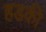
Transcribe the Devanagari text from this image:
हडकी